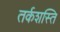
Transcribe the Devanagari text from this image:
तर्कशस्ति